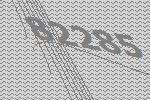
82285